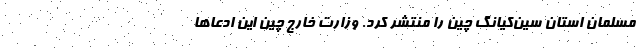
مسلمان استان سین‌کیانگ چین را منتشر کرد. وزارت خارج چین این ادعاها